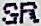
SR